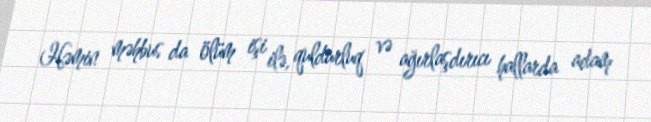
Həmin məhbus da ölüm işi ilə, quldurluq və ağırlaşdırıcı hallarda adam